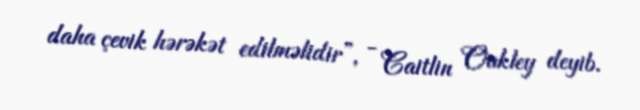
daha çevik hərəkət edilməlidir”, - Caitlin Oakley deyib.